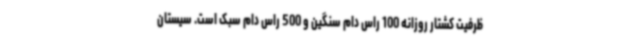
ظرفیت کشتار روزانه 100 راس دام سنگین و 500 راس دام سبک است. سیستان